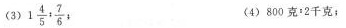
(3)1 \frac{4}{5}: \frac{7}{6} (4)800克:2千克；